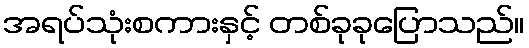
အရပ်သုံးစကားနှင့် တစ်ခုခုပြောသည်။